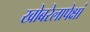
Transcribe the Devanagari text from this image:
खोबरेलापेक्षां